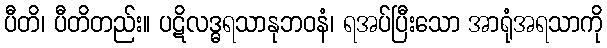
ပီတိ၊ ပီတိတည်း။ ပဋိလဒ္ဓရသာနုဘဝနံ၊ ရအပ်ပြီးသော အာရုံအရသာကို